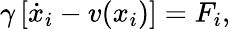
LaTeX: \begin{array}{r}{\gamma\left[\dot{x}_{i}-v(x_{i})\right]=F_{i},}\end{array}